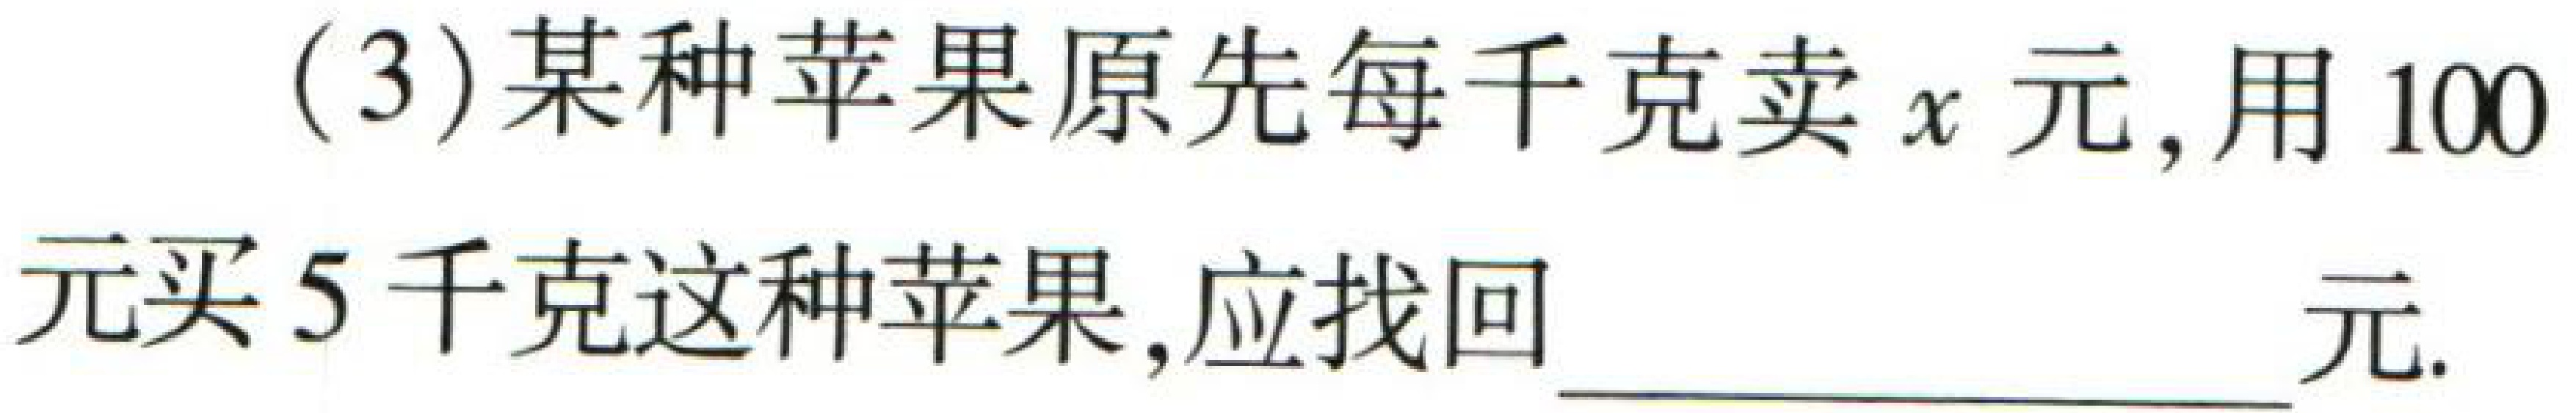
(3)某种苹果原先每千克卖\(x\)元, 用\(100\)元买\(5\)千克这种苹果, 应找回___元.